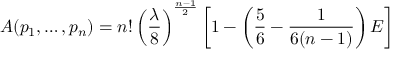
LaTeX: A ( p _ { 1 } , \ldots , p _ { n } ) = n ! \left( { \frac { \lambda } { 8 } } \right) ^ { \frac { n - 1 } { 2 } } \left[ 1 - \left( { \frac { 5 } { 6 } } - { \frac { 1 } { 6 ( n - 1 ) } } \right) E \right]